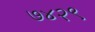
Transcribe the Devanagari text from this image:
७४२९